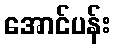
အောင်ပန်း